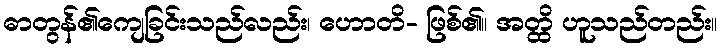
ဓာတွန်၏ကျေခြင်းသည်လည်း၊ ဟောတိ- ဖြစ်၏။ အတ္ထိ ဟူသည်တည်း။